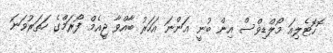
ޮހޮޓެލިއަ މޯލްޑިވްސް އިން ބުނީ އަންނަ އަހަރު ބާއްވާ ޖީއެމް ފޯރަމްގެ ހަތަރުވަނަ